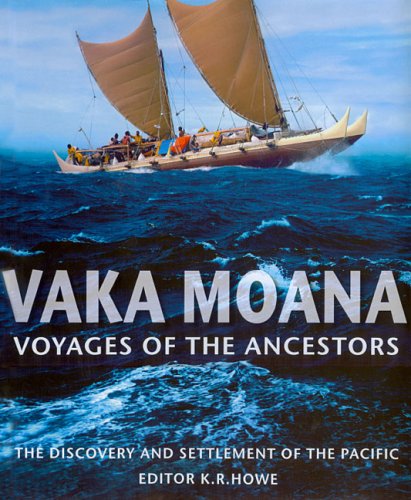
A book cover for Vaka Moana, Voyages of the Ancestors: The Discovery and Settlement of the Pacific; History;